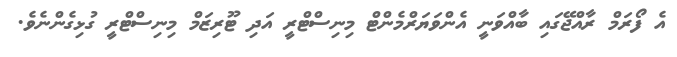
އެ ފޯރަމް ރާއްޖޭގައި ބާއްވަނީ އެންވަޔަރްމެންޓް މިނިސްޓްރީ އަދި ޓޫރިޒަމް މިނިސްޓްރީ ގުޅިގެންނެވެ.